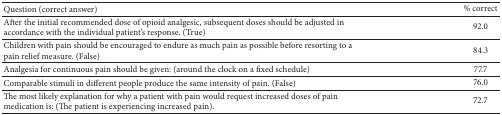
<table><thead><tr><td><b>Question (correct answer)</b></td><td><b>% correct</b></td></tr></thead><tbody><tr><td>After the initial recommended dose of opioid analgesic, subsequent doses should be adjusted in accordance with the individual patient&#x27;s response. (True)</td><td>92.0</td></tr><tr><td>Children with pain should be encouraged to endure as much pain as possible before resorting to a pain relief measure. (False)</td><td>84.3</td></tr><tr><td>Analgesia for continuous pain should be given: (around the clock on a fixed schedule)</td><td>77.7</td></tr><tr><td>Comparable stimuli in different people produce the same intensity of pain. (False)</td><td>76.0</td></tr><tr><td>The most likely explanation for why a patient with pain would request increased doses of pain medication is: (The patient is experiencing increased pain).</td><td>72.7</td></tr></tbody></table>